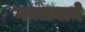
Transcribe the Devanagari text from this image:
गवळ्याने